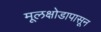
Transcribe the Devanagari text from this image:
मूलक्षोडापासून